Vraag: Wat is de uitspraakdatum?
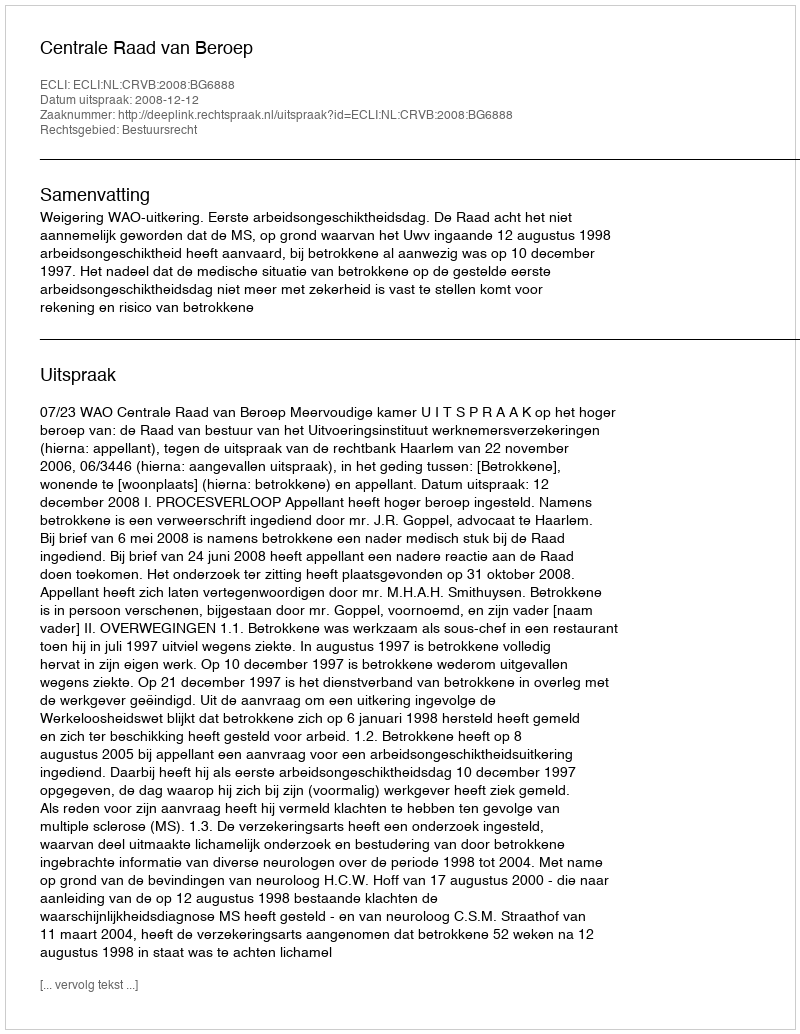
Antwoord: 2008-12-12